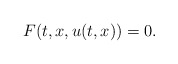
\begin{align*} F(t,x,u(t,x)) = 0.\end{align*}